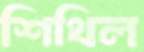
শিথিল